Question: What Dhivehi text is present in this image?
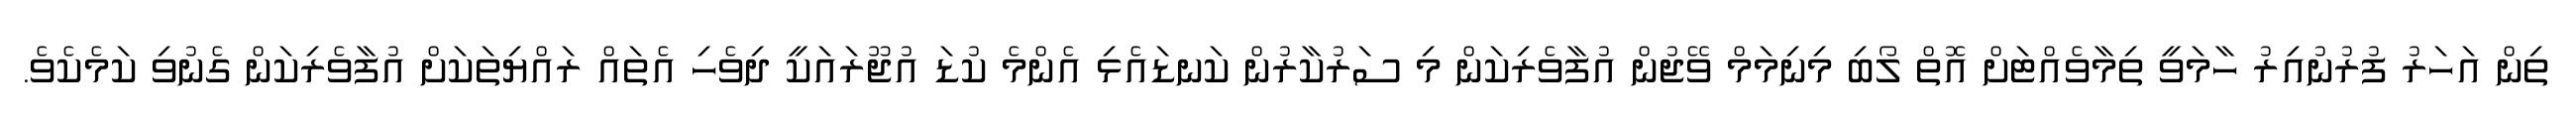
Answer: ތިން އަހަރު ފުރުނުއިރު ހާމަވީ ތިމާވެއްޓަށް އޮތް ލޯބި މިނިމަމް ވޭޖުން އުފާވެރިކަން މި ސަރުކާރުން ކަނޑައެޅި އެންމެ ކުޑަ އުޖޫރައަކީ ދިވެހި އެތައް ރައްޔިތަކަށް އުފާވެރިކަން ގެނުވި ކަމެކެވެ.